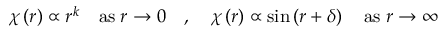
\begin{array} { r } { \chi \left( r \right) \propto r ^ { k } \quad \mathrm { a s } \; r \rightarrow 0 \quad , \quad \chi \left( r \right) \propto \sin \left( r + \delta \right) \quad \mathrm { a s } \; r \rightarrow \infty } \end{array}